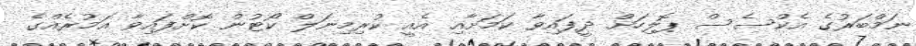
ނަމްބަރުގެ އެކްސެސް ޕޮލިހަށް ދީފައިވާ ކަމަށާއި އެއީ ކުރިމިނަލް ކޯޓުން ކޮށްފައިވާ އަމުރެއްގެ